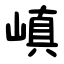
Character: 嵮